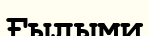
Ғылыми